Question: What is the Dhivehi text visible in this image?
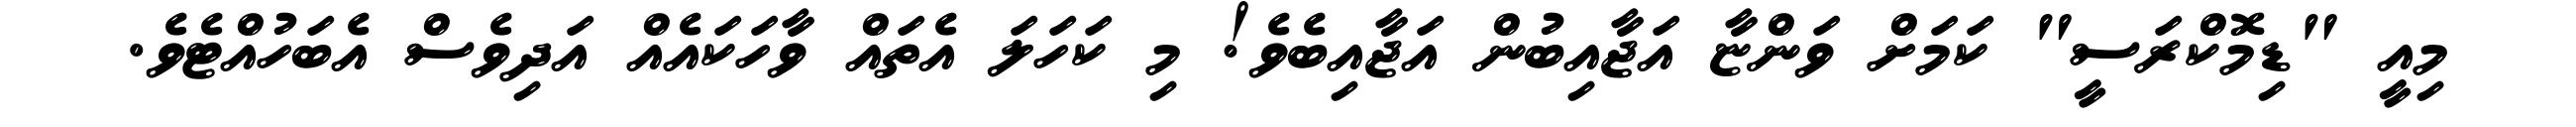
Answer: މިއީ "ޑިމޮކްރަސީ" ކަމަށް ވަންޏާ އަޖާއިބުން އަޖާއިބެވެ! މި ކަހަލަ އެތައް ވާހަކައެއް އަދިވެސް އެބަހުއްޓެވެ.